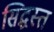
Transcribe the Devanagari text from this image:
सिद्धस्त